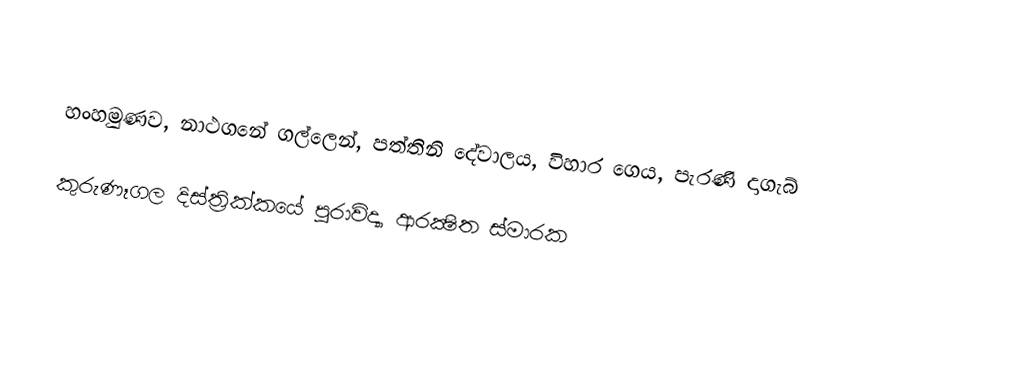

හංහමුණව, නාථගනේ ගල්ලෙන්, පත්තිනි දේවාලය, විහාර ගෙය, පැරණි දාගැබ්

කුරුණෑගල දිස්ත්‍රික්කයේ පුරාවිද්‍යා ආරක්‍ෂිත ස්මාරක